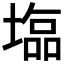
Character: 𡐈